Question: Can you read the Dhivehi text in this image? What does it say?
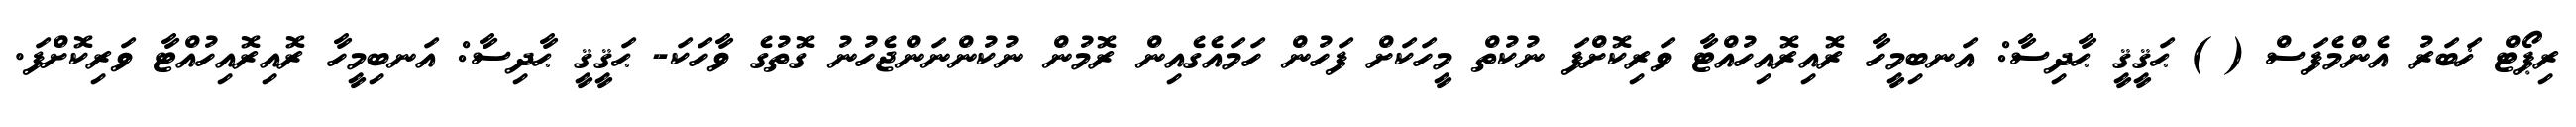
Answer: ރިޕޯޓް ޚަބަރު އެންމެފަސް ( ) ޙަޤީޤީ ޙާދިސާ: އަނބިމީހާ ރޮއިރޮއިހުއްޓާ ވަރިކޮށްފަ ނުކުތް މީހަކަށް ފަހުން ހަމައެގެއިން ރޮމުން ނުކުންނަންޖެހުނު ގޮތުގެ ވާހަކަ- ޙަޤީޤީ ޙާދިސާ: އަނބިމީހާ ރޮއިރޮއިހުއްޓާ ވަރިކޮށްފަ.